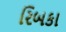
રિબકા